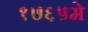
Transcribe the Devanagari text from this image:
१७६५मे